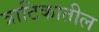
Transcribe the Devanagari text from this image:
त्राटिकातील